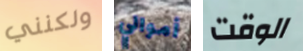
ولكنني أموالي الوقت